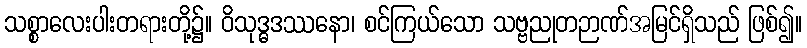
သစ္စာလေးပါးတရားတို့၌။ ဝိသုဒ္ဓဒဿနော၊ စင်ကြယ်သော သဗ္ဗညုတဉာဏ်အမြင်ရှိသည် ဖြစ်၍။